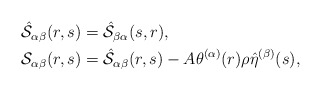
\begin{align*}\begin{aligned}\hat{\mathcal{S}}_{\alpha\beta}(r,s) & =\mathcal{\hat{S}}_{\beta\alpha}(s,r),\\\mathcal{S}_{\alpha\beta}(r,s) & =\hat{\mathcal{S}}_{\alpha\beta}(r,s)-A\theta^{(\alpha)}(r)\rho\hat{\eta}^{(\beta)}(s),\end{aligned}\end{align*}